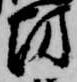
坊